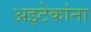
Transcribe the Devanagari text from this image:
अझ्टेकांना